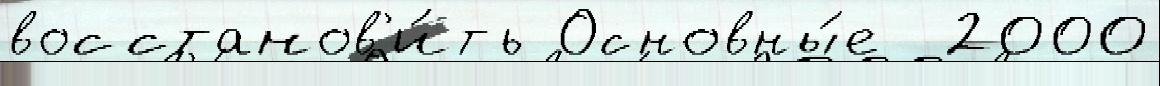
восстанов'и́ть Основны́е  2000